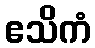
ဧသိကံ